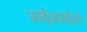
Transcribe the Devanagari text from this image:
आईआरईओ